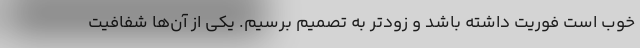
خوب است فوریت داشته باشد و زودتر به تصمیم برسیم. یکی از آن‌ها شفافیت